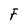
Character: F